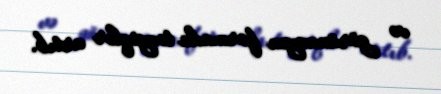
və görünməyən formada təzyiqlər artıb.